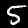
Digit: 5